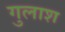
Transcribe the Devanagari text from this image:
गुलाश